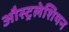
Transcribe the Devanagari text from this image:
औस्ट्रलेशियन